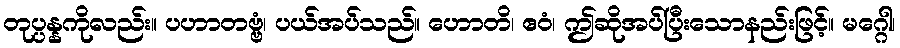
တုပ္ပန္နကိုလည်း။ ပဟာတဗ္ဗံ၊ ပယ်အပ်သည်။ ဟောတိ၊ ဧဝံ၊ ဤဆိုအပ်ပြီးသောနည်းဖြင့်။ မဂ္ဂေါ၊